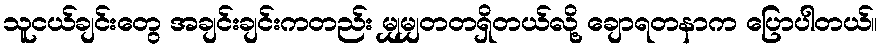
သူငယ်ချင်းတွေ အချင်းချင်းကတည်း မျှမျှတတရှိတယ်လို့ ချောရတနာက ပြောပါတယ်။